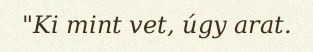
"Ki mint vet, úgy arat.